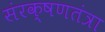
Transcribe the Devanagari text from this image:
संरक्षणतंत्रा